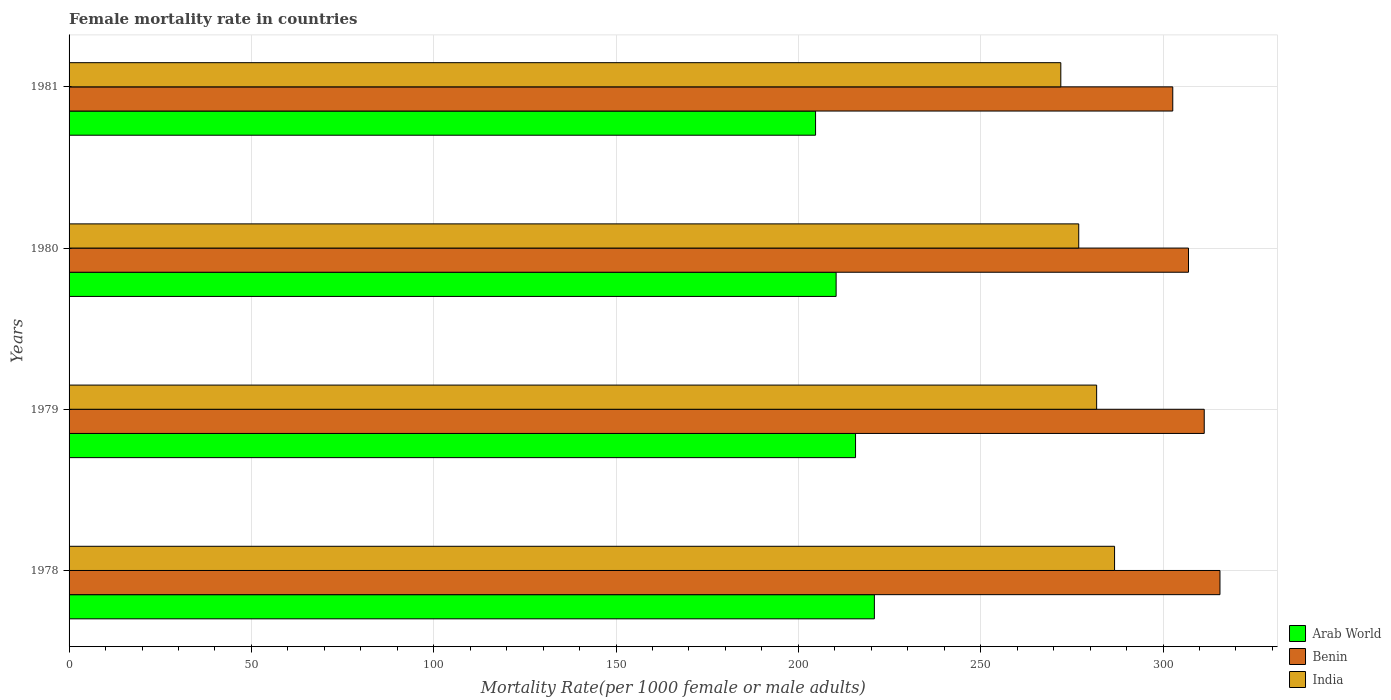
| Years | Arab World | Benin | India |
 | --- | --- | --- | --- |
 | 1978 | 221 | 316 | 287 |
 | 1979 | 216 | 311 | 282 |
 | 1980 | 210 | 307 | 277 |
 | 1981 | 205 | 303 | 272 |